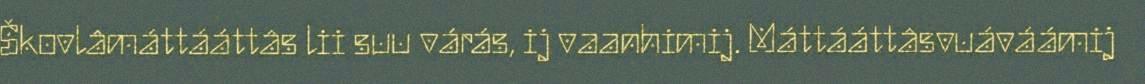
Škovlâmáttááttâs lii suu várás, ij vaanhimij. Máttááttâsvuáváámij